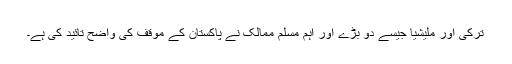
ترکی اور ملیشیا جیسے دو بڑے اور اہم مسلم ممالک نے پاکستان کے مؤقف کی واضح تائید کی ہے۔